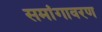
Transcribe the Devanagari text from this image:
समांगावरण